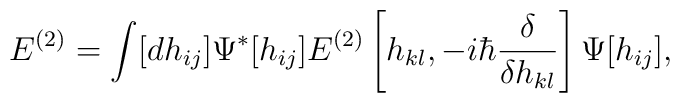
E^{(2)}=\int[dh_{ij}]\Psi^*[h_{ij}]E^{(2)}\left[ h_{kl},-i\hbar {\delta\over\delta h_{kl}}\right]\Psi[h_{ij}],